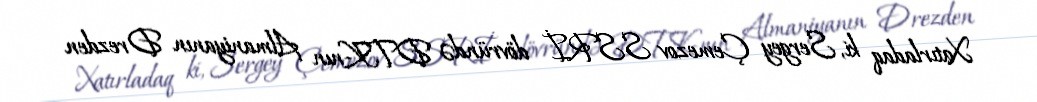
Xatırladaq ki, Sergey Çemezov SSRİ dövründə DTK-nın Almaniyanın Drezden